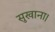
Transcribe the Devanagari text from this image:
सुखाना।